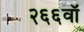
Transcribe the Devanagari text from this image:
२६६वॉ